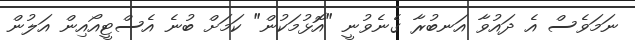
ނަމަވެސް އެ ދައުވާ އަނބުރާ ގެނެވުނީ "އޮޅުމަކުން" ކަމަށް ބުނެ އެސްޓީއޯއިން އަލުން